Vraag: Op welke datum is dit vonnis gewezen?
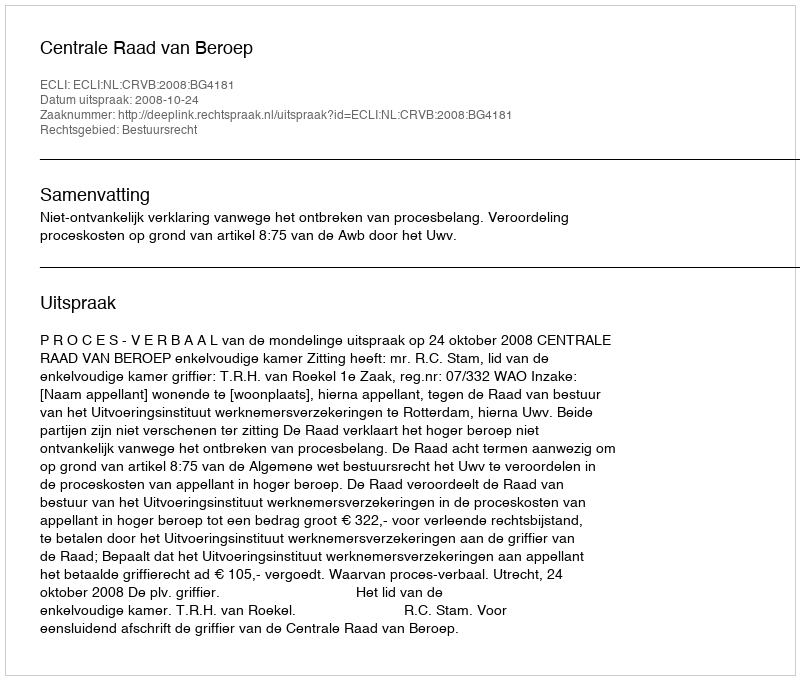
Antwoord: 2008-10-24